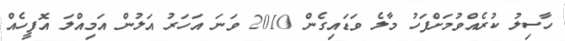
ހާސިލު ކުރެއްވުމަށްފަހު މާލެ ވަޑައިގެން 2010 ވަނަ އަހަރު އަލުން އަމިއްލަ އޮފީހެއް